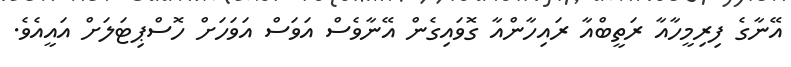
އޭނާގެ ފިރިމީހާއާ ރަތީބްއާ ރައިހާންއާ ގޮވައިގެން އޭނާވެސް އަވަސް އަވަހަށް ހޮސްޕިޓަލަށް އައީއެވެ.